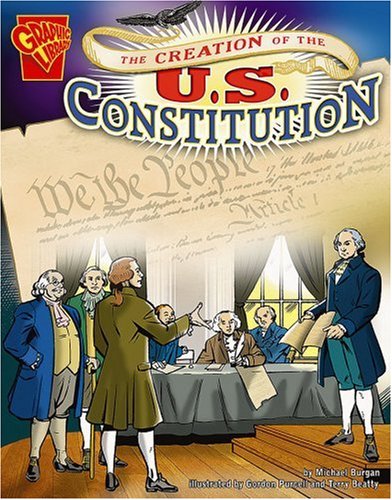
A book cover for The Creation of the U.S. Constitution (Graphic History); Michael Burgan; Children's Books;